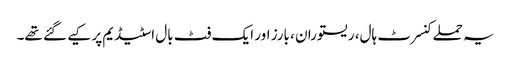
یہ حملے کنسرٹ ہال، ریستوران ، بارز اور ایک فٹ بال اسٹیڈیم پر کیے گئے تھے۔